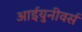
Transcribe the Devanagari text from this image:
आईयुनीवर्स